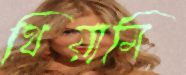
থিয়ামি